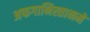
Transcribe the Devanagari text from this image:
अफगानिस्तानमें